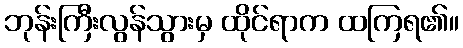
ဘုန်းကြီးလွန်သွားမှ ထိုင်ရာက ထကြရ၏။